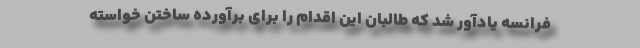
فرانسه یادآور شد که طالبان این اقدام را برای برآورده ساختن خواسته